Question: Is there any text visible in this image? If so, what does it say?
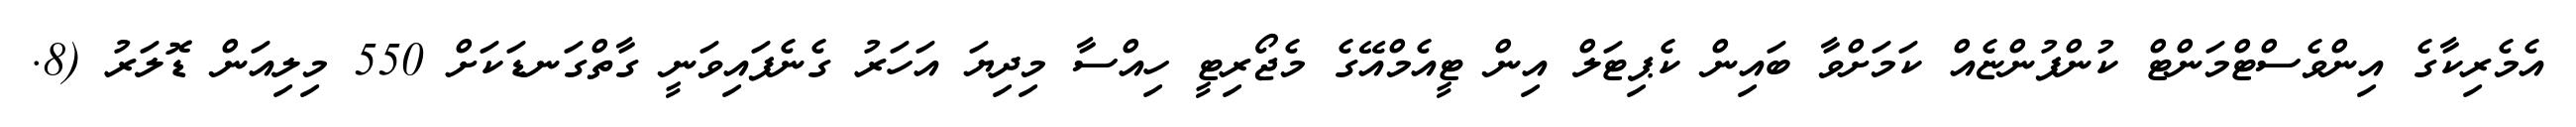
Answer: އެމެރިކާގެ އިންވެސްޓްމަންޓް ކުންފުންޏެއް ކަމަށްވާ ބައިން ކެޕިޓަލް އިން ޓީއެމްއޭގެ މެޖޯރިޓީ ހިއްސާ މިދިޔަ އަހަރު ގެނެފައިވަނީ ގާތްގަނޑަކަށް 550 މިލިއަން ޑޮލަރު (8.